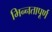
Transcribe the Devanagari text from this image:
भिन्‍नतापूर्ण